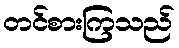
တင်စားကြသည်